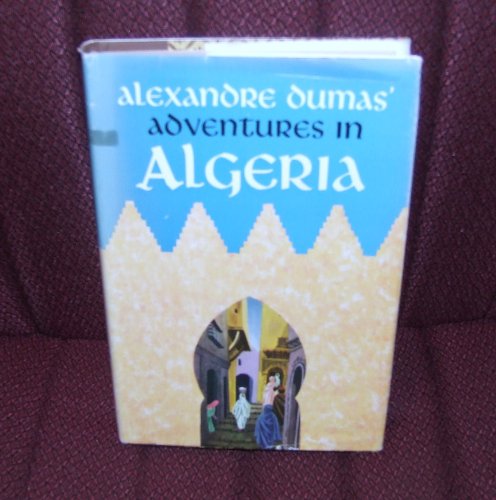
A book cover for Adventures in Algeria; Alexandre Dumas; Travel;